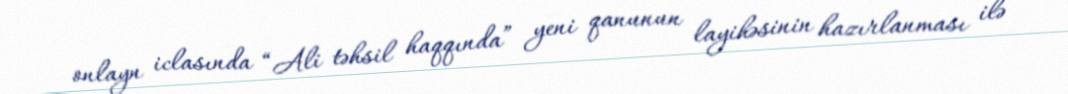
onlayn iclasında “Ali təhsil haqqında” yeni qanunun layihəsinin hazırlanması ilə